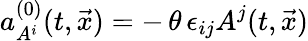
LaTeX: a_{A^{i}}^{(0)}(t,\vec{x})=-\, \theta\, \epsilon_{ij}A^{j}(t,\vec{x})